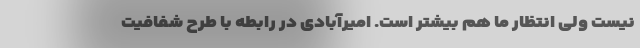
نیست ولی انتظار ما هم بیشتر است. امیرآبادی در رابطه با طرح شفافیت